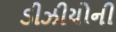
ડીઝીયોની